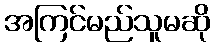
အကြင်မည်သူမဆို